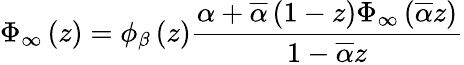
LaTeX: \Phi_{\infty}\left(z\right)=\phi_{\beta}\left(z\right)\frac{\alpha+\overline{{\alpha}}\left(1-z\right)\Phi_{\infty}\left(\overline{{\alpha}}z\right)}{1-\overline{{\alpha}}z}